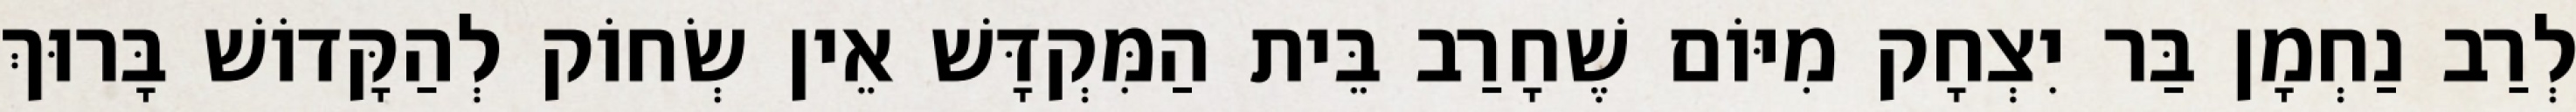
לְרַב נַחְמָן בַּר יִצְחָק מִיּוֹם שֶׁחָרַב בֵּית הַמִּקְדָּשׁ אֵין שְׂחוֹק לְהַקָּדוֹשׁ בָּרוּךְ